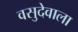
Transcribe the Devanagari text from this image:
वसुदेवाला